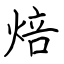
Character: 焙